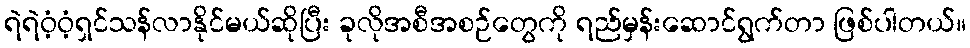
ရဲရဲဝံ့ဝံ့ရှင်သန်လာနိုင်မယ်ဆိုပြီး ခုလိုအစီအစဉ်တွေကို ရည်မှန်းဆောင်ရွက်တာ ဖြစ်ပါတယ်။